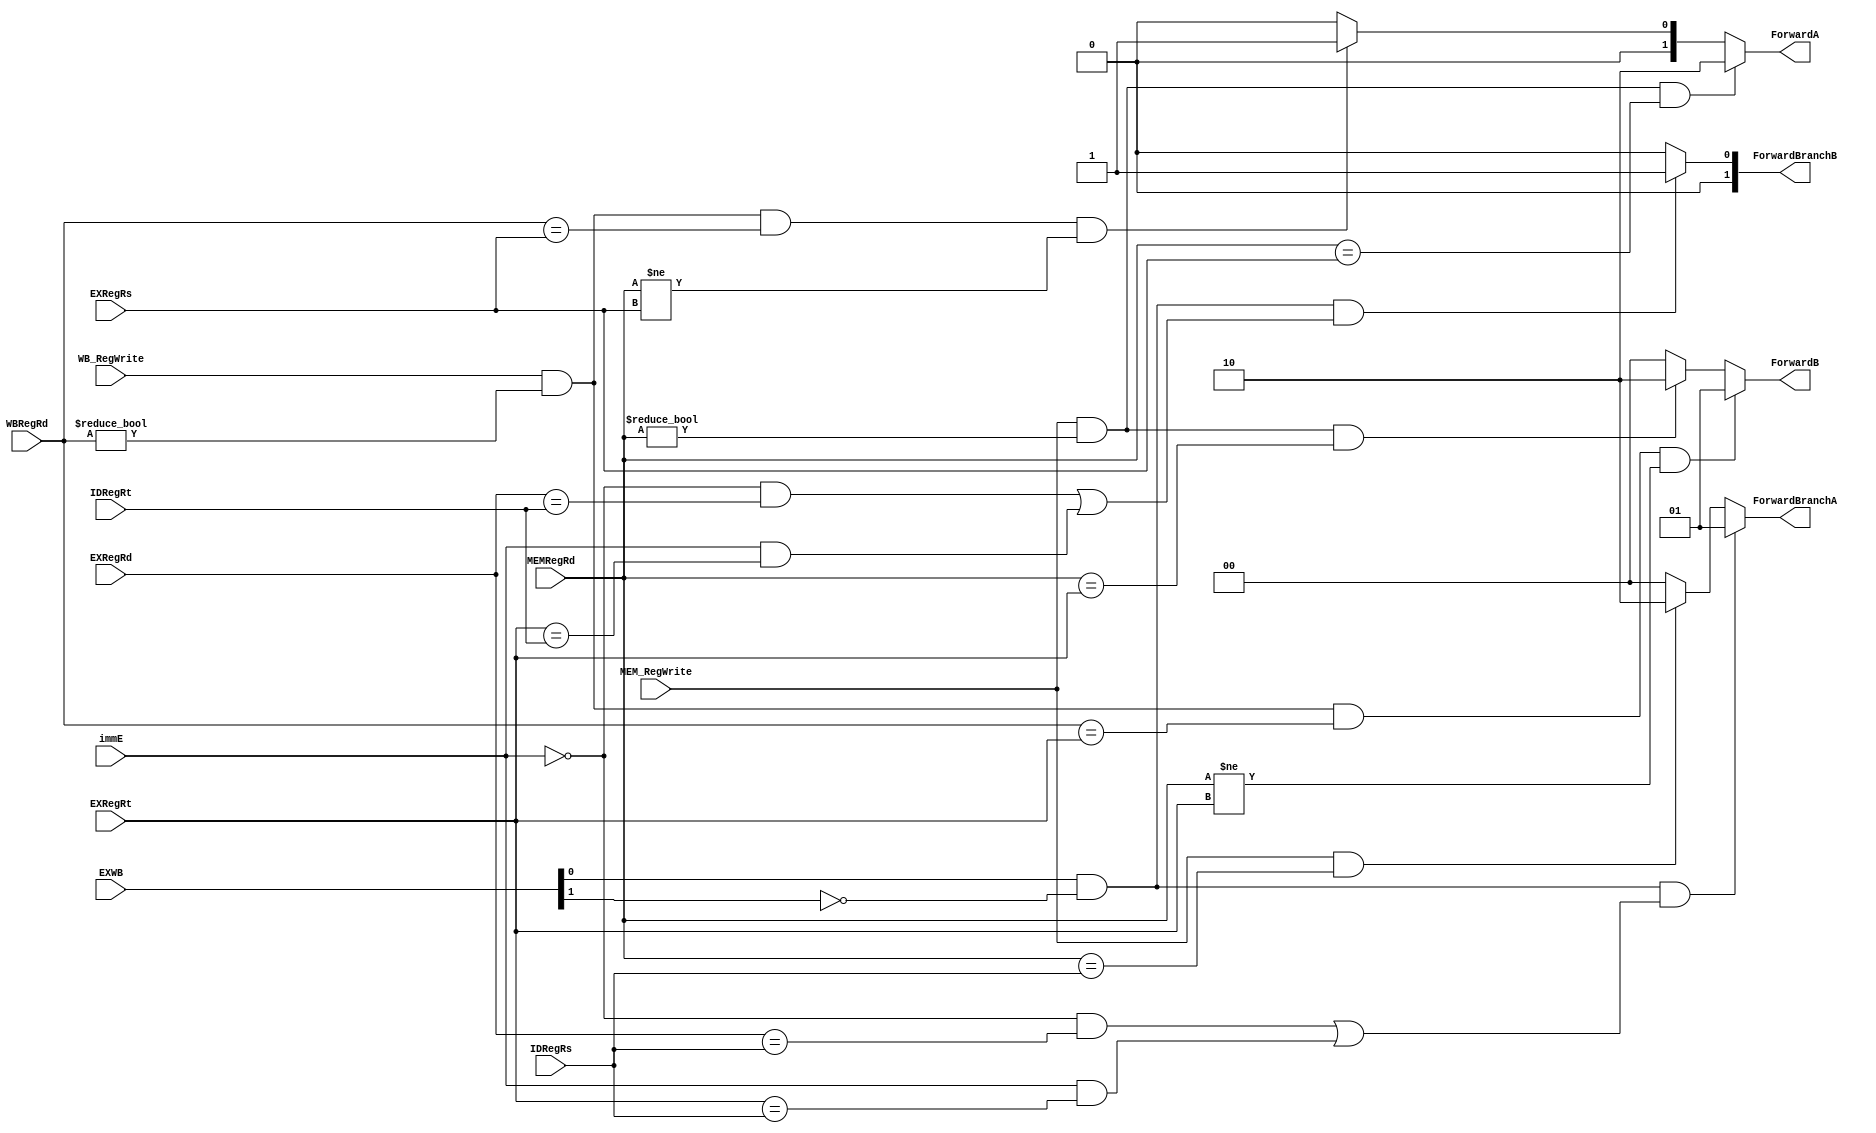
module ForwardUnit(IDRegRs, IDRegRt, EXRegRd, EXWB, MEMRegRd,WBRegRd,EXRegRs,EXRegRt, MEM_RegWrite, WB_RegWrite, 
            ForwardA, ForwardB,ForwardBranchA, ForwardBranchB, immE);
    input[4:0] MEMRegRd,WBRegRd,EXRegRs,EXRegRt,IDRegRs, IDRegRt, EXRegRd;
    input MEM_RegWrite, WB_RegWrite, immE;
    input [1:0] EXWB;
    output[1:0] ForwardA, ForwardB, ForwardBranchA, ForwardBranchB;
 
    reg[1:0] ForwardA, ForwardB, ForwardBranchA, ForwardBranchB;
    
    //Forward A    
    
    always@(MEM_RegWrite or MEMRegRd or EXRegRs or WB_RegWrite or WBRegRd)    
    begin       
        if((MEM_RegWrite)&&(MEMRegRd != 0)&&(MEMRegRd == EXRegRs))          
            ForwardA = 2'b10;
        else if((WB_RegWrite)&&(WBRegRd != 0)&&(WBRegRd == EXRegRs)&&(MEMRegRd != EXRegRs) )          
            ForwardA = 2'b01;
        else          
            ForwardA = 2'b00;
    end  


    //Forward B    
    always@(WB_RegWrite or WBRegRd or EXRegRt or MEMRegRd or MEM_RegWrite)    
    begin       
        if((WB_RegWrite)&&(WBRegRd != 0)&&(WBRegRd == EXRegRt)&&(MEMRegRd != EXRegRt) ) 
            ForwardB = 2'b01;
        else if((MEM_RegWrite)&&(MEMRegRd != 0)&&(MEMRegRd == EXRegRt))          
            ForwardB = 2'b10;
        else           
            ForwardB = 2'b00;
    end  
    
    assign EX_RegWrite = EXWB[0] && (~EXWB[1]);

    //MEMRegRd is MEMregpassed
    //ForwardBranchA
    always@(*)
    begin
        if(EX_RegWrite && ((!immE && (EXRegRd == IDRegRs)) | (immE && (EXRegRt == IDRegRs))) )
            ForwardBranchA = 2'b01;
        else if(MEM_RegWrite && (MEMRegRd == IDRegRs))
            ForwardBranchA = 2'b10; //forward from MEM stage
        else    
            ForwardBranchA = 2'b00;
    end

    //ForwardBranchB
    always@(*)
    begin
        if(EX_RegWrite && ((!immE && (EXRegRd == IDRegRt)) | (immE && (EXRegRt == IDRegRt))) )
            ForwardBranchB = 2'b01;
        else    
            ForwardBranchB = 2'b00;
    end


endmodule